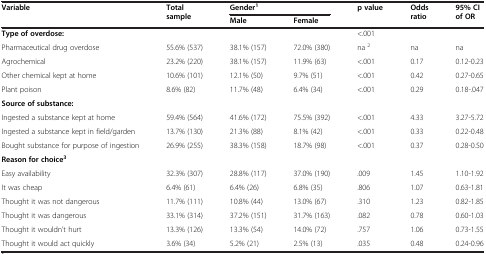
<table><thead><tr><td rowspan="2"><b>Variable</b></td><td rowspan="2"><b>Total sample</b></td><td colspan="2"><b>Gender<sup>1</sup></b></td><td rowspan="2"><b>p value</b></td><td rowspan="2"><b>Odds ratio</b></td><td rowspan="2"><b>95% CI of OR</b></td></tr><tr><td><b>Male</b></td><td><b>Female</b></td></tr></thead><tbody><tr><td><b>Type of overdose:</b></td><td></td><td></td><td></td><td>&lt;.001</td><td></td><td></td></tr><tr><td>Pharmaceutical drug overdose</td><td>55.6% (537)</td><td>38.1% (157)</td><td>72.0% (380)</td><td>na <sup>2</sup></td><td>na</td><td>na</td></tr><tr><td>Agrochemical</td><td>23.2% (220)</td><td>38.1% (157)</td><td>11.9% (63)</td><td>&lt;.001</td><td>0.17</td><td>0.12-0.23</td></tr><tr><td>Other chemical kept at home</td><td>10.6% (101)</td><td>12.1% (50)</td><td>9.7% (51)</td><td>&lt;.001</td><td>0.42</td><td>0.27-0.65</td></tr><tr><td>Plant poison</td><td>8.6% (82)</td><td>11.7% (48)</td><td>6.4% (34)</td><td>&lt;.001</td><td>0.29</td><td>0.18-.047</td></tr><tr><td><b>Source of substance:</b></td><td></td><td></td><td></td><td></td><td></td><td></td></tr><tr><td>Ingested a substance kept at home</td><td>59.4% (564)</td><td>41.6% (172)</td><td>75.5% (392)</td><td>&lt;.001</td><td>4.33</td><td>3.27-5.72</td></tr><tr><td>Ingested a substance kept in field/garden</td><td>13.7% (130)</td><td>21.3% (88)</td><td>8.1% (42)</td><td>&lt;.001</td><td>0.33</td><td>0.22-0.48</td></tr><tr><td>Bought substance for purpose of ingestion</td><td>26.9% (255)</td><td>38.3% (158)</td><td>18.7% (98)</td><td>&lt;.001</td><td>0.37</td><td>0.28-0.50</td></tr><tr><td><b>Reason for choice</b><sup><b>3</b></sup></td><td></td><td></td><td></td><td></td><td></td><td></td></tr><tr><td>Easy availability</td><td>32.3% (307)</td><td>28.8% (117)</td><td>37.0% (190)</td><td>.009</td><td>1.45</td><td>1.10-1.92</td></tr><tr><td>It was cheap</td><td>6.4% (61)</td><td>6.4% (26)</td><td>6.8% (35)</td><td>.806</td><td>1.07</td><td>0.63-1.81</td></tr><tr><td>Thought it was not dangerous</td><td>11.7% (111)</td><td>10.8% (44)</td><td>13.0% (67)</td><td>.310</td><td>1.23</td><td>0.82-1.85</td></tr><tr><td>Thought it was dangerous</td><td>33.1% (314)</td><td>37.2% (151)</td><td>31.7% (163)</td><td>.082</td><td>0.78</td><td>0.60-1.03</td></tr><tr><td>Thought it wouldn’t hurt</td><td>13.3% (126)</td><td>13.3% (54)</td><td>14.0% (72)</td><td>.757</td><td>1.06</td><td>0.73-1.55</td></tr><tr><td>Thought it would act quickly</td><td>3.6% (34)</td><td>5.2% (21)</td><td>2.5% (13)</td><td>.035</td><td>0.48</td><td>0.24-0.96</td></tr></tbody></table>